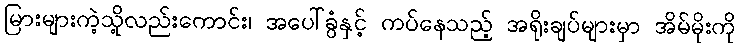
မြားများကဲ့သို့လည်းကောင်း၊ အပေါ်ခွံနှင့် ကပ်နေသည့် အရိုးချပ်များမှာ အိမ်မိုးကို